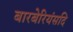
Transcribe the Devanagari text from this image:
बारबेरियंसदि